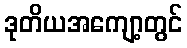
ဒုတိယအကျော့တွင်